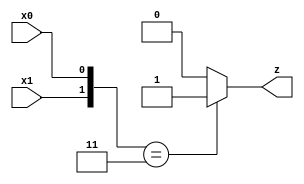
/**
 *          AND e' una porta logica che riceve in ingresso almeno due valori e
 *          restituisce 1 solo se tutti i valori di ingresso hanno valore 1.
 *          Viene chiamata in italiano "porta di necessita'" perche' appunto
 *          NECESSITA che i valori in entrata siano uguali affinche' il valore
 *          d'uscita sia verificato. Il valore uscente si puo' trovare tramite
 *          la formula Y = A*B in cui Y e' l'output, con tre input Y = A*B*C e
 *          cosi' via.
 *
 *          Segue la tavola di verit:
 *
 *          |------------|--------|
 *          |   INPUT    | OUTPUT |
 *          |------------|--------|
 *          |   A  |  B  |  A*B   |
 *          |------|-----|--------|
 *          |   0  |  0  |   0    |
 *          |   0  |  1  |   0    |
 *          |   1  |  0  |   0    |
 *          |   1  |  1  |   1    |
 *          |------------|--------|
 *
 *          Created on 18/04/2019.
 */

module AND(x1, x0, z);
    input x1;
    input x0;
    output z;

    assign z = ({x1,x0} == 'B11)?1:0;
    
    // equivalentemente potevamo scrivere
    // assign z = x1 & x0;
    // assign z = &{x1, x0};
endmodule